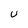
Character: u